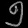
Digit: ၅